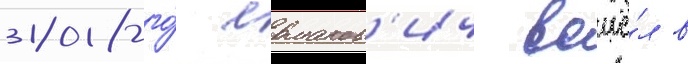
2018-го́ ермаков'ич вошё́л в